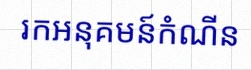
រកអនុគមន៍កំណើន